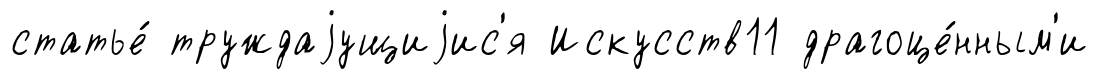
статье́ труждаjущиjис'я Искусств11 драгоце́нным'и